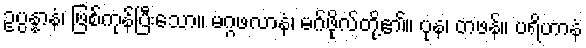
ဥပ္ပန္နာနံ၊ ဖြစ်ကုန်ပြီးသော။ မဂ္ဂဖလာနံ၊ မဂ်ဖိုလ်တို့၏။ ပုန၊ တဖန်။ ပရိဟာနံ